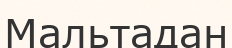
Мальтадан